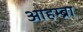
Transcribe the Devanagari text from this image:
आहम्ब्रा